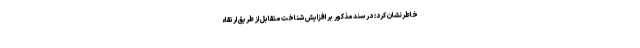
خاطرنشان کرد: در سند مذکور بر افزایش شناخت متقابل از طریق ارتقاء